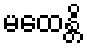
မထေန္တိ